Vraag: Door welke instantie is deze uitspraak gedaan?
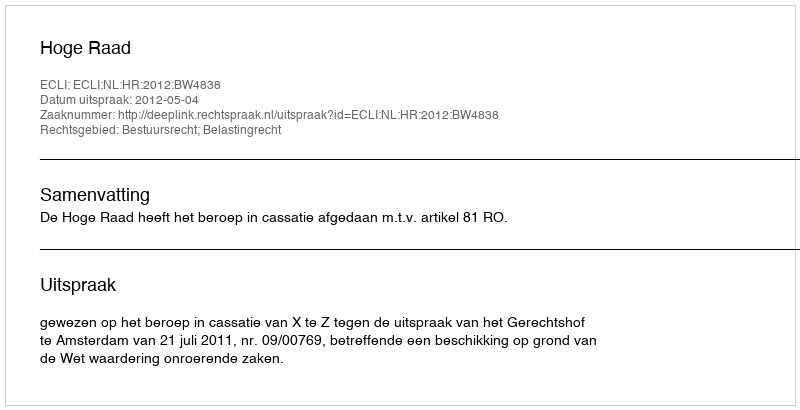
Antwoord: Hoge Raad